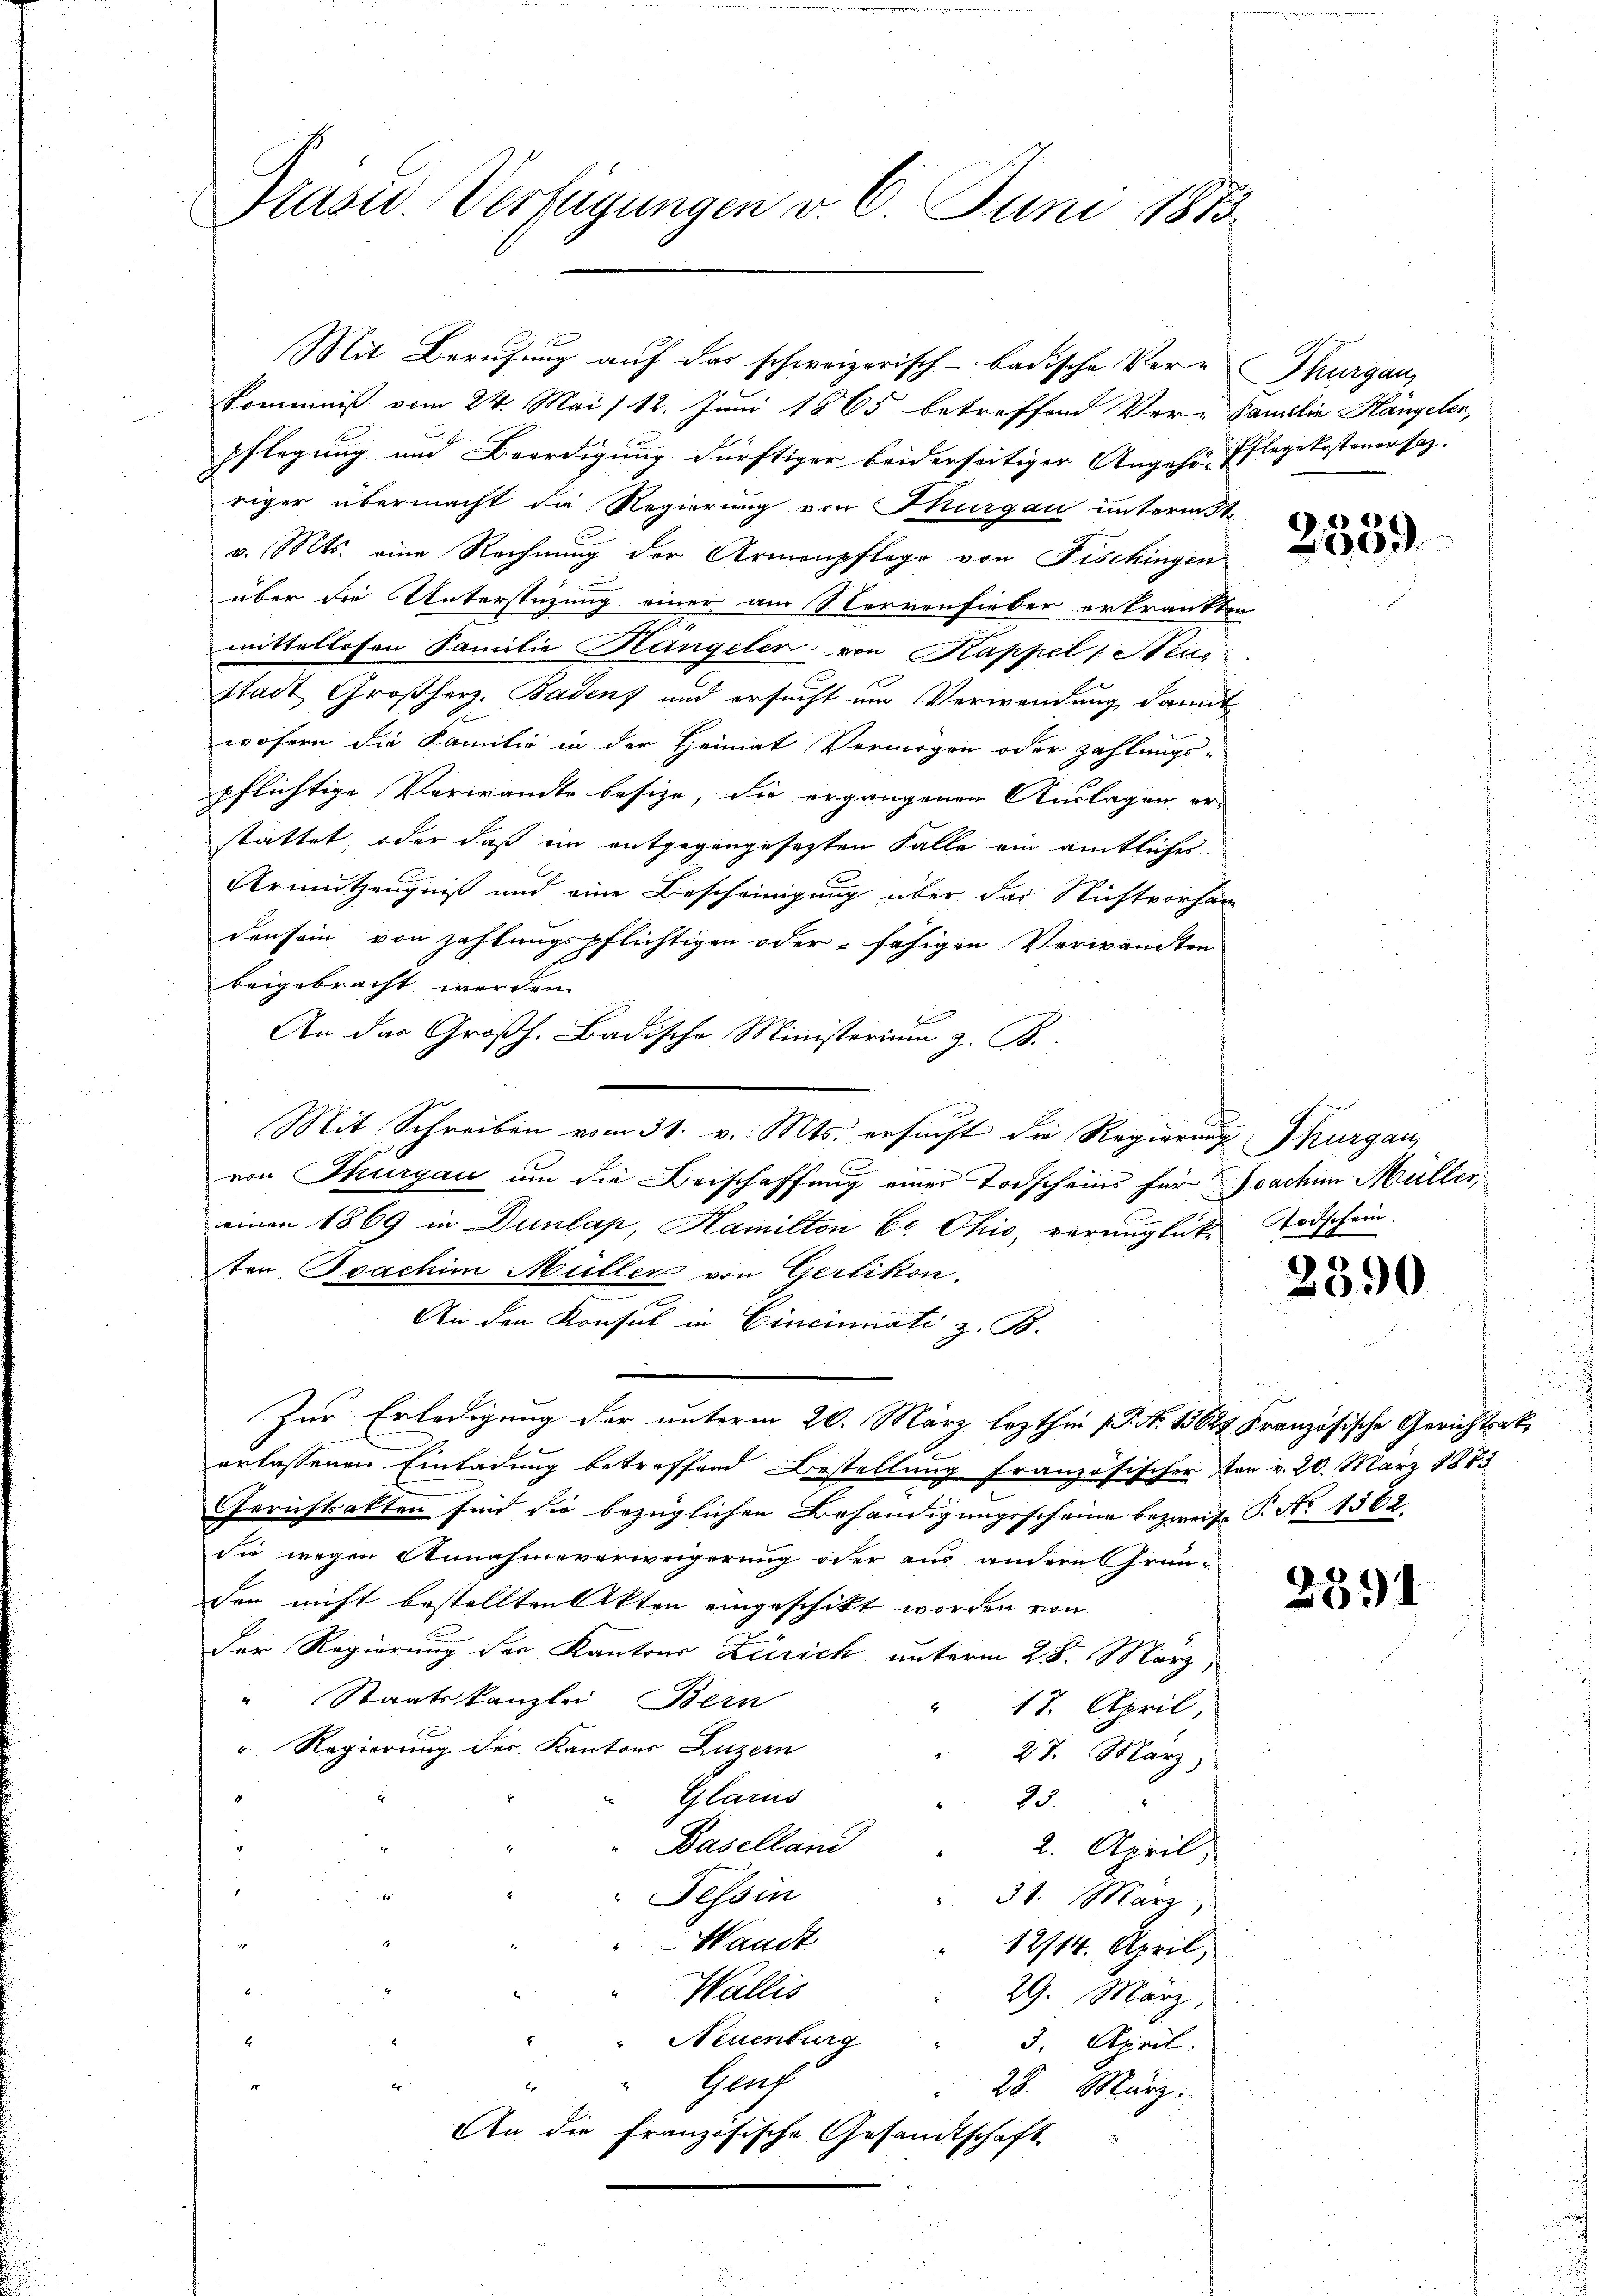
Prasis. Verfügungen v. 6. Juni 1873.

Mit Berufung auf das schweizerisch-badische Ver-
kommniß vom 24. Mai / 12. Juni 1865 betreffend Ver-Familie Hängeler,
pflegung und Beerdigung dürftiger beiderseitiger Angehör-
riger übermacht die Regierung von Thurgau unterm 3t
v. Mts. eine Rechnung der Armenpflege von Fischingen
über die Unterstüzung einer am Nervenfieber erkrankte
mittellosen Familie Hangeler von Kappel : Stein
stadt Großherz. Badens und ersucht um Verwendung damit
wofern die Familie in der Heimat Vermögen oder zahlungs-
pflichtige Verwandte besize, die ergangenen Auslagen er-
stattet, oder daß ein entgegengesetzten Falle ein amtlicher
Armutzengniß und eine Bescheinigung über das Nichtvorhan
densein von zahlungspflichtigen oder fähigen Verwandten
beigebracht werden.
An das Großh. Badische Ministerium z. B.
Mit Schreiben vom 31. v. Mts. ersucht die Regierung Thurgau,
C
von Thurgau um die Beischaffung einer Todscheins für Joachim Müller,
einen 1869 in Dunlap, Hamilton bo Ohio, verungliche Todschein.
ten Joachim Müller von Gerlikon.
An den Konsul in Cincinati z. B.
Zur Erledigung der unterm 20. März lezthin 1 S. Nr. 15627 Französische Gerichtsaterlassenen Einladung betreffend Bestellung französischer von v. 20. März 1873
Gerichtsakten sind die bezüglichen Behändigungsscheine bezweife P. No 1368
Sie wegen Annahmeverweigerung oder aus andere Gründen nicht bestellten Akten eingeschikt worden von
Der Regierung der Kantons Zürich unterm 28. März,
" Staatskanzlei Bein
18. April.
 Regierung der Kantons Luzern
27. März)
Glarus
25.
Baselland
2. April,
Tessin
2
31. März
Waadt
i
12/14. April,
2
Wallis
29. März,
Neuenburg
.
3. April.
" Genf
28. März.
An die Französische Gesandtschaft

Thurgau,
Pflegekostener sah.

2339

f

i

2390

239)